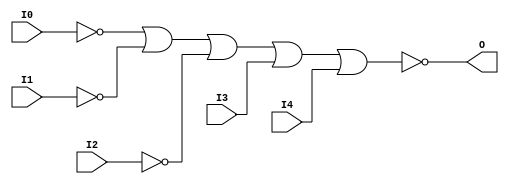
module NOR5B3 (O, I0, I1, I2, I3, I4);

    output O;

    input  I0, I1, I2, I3, I4;

    wire i0_inv;
    wire i1_inv;
    wire i2_inv;

    not N2 (i2_inv, I2);
    not N1 (i1_inv, I1);
    not N0 (i0_inv, I0);
    nor O1 (O, i0_inv, i1_inv, i2_inv, I3, I4);


endmodule